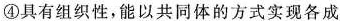
④具有组织性，能以共同体的方式实现各成